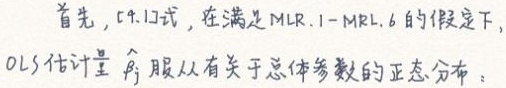
首先，[4.1]式，在满足MLR.1 - MLR.6的假定下，OLS估计量$\hat{\beta}_j$服从有关于总体参数的正态分布。